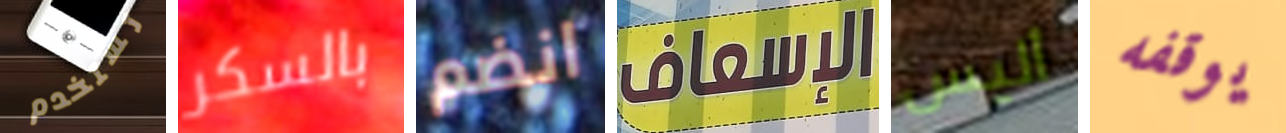
تستخدم بالسكر انضم الإسعاف أليس يوقفه